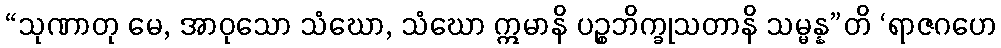
“သုဏာတု မေ, အာဝုသော သံဃော, သံဃော ဣမာနိ ပဉ္စဘိက္ခုသတာနိ သမ္မန္န”တိ ‘ရာဇဂဟေ